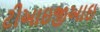
ટીઆઇજીઆઇ